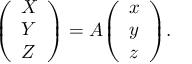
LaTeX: { \left( \begin{array} { l } { X } \\ { Y } \\ { Z } \end{array} \right) } = A { \left( \begin{array} { l } { x } \\ { y } \\ { z } \end{array} \right) } .